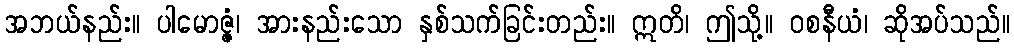
အဘယ်နည်း။ ပါမောဇ္ဇံ၊ အားနည်းသော နှစ်သက်ခြင်းတည်း။ ဣတိ၊ ဤသို့။ ဝစနီယံ၊ ဆိုအပ်သည်။